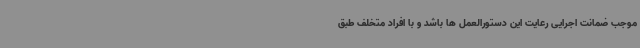
موجب ضمانت اجرایی رعایت این دستورالعمل ها باشد و با افراد متخلف طبق